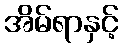
အိမ်ရာနှင့်